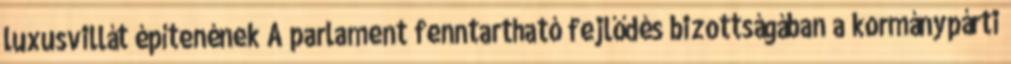
luxusvillát építenének A parlament fenntartható fejlődés bizottságában a kormánypárti